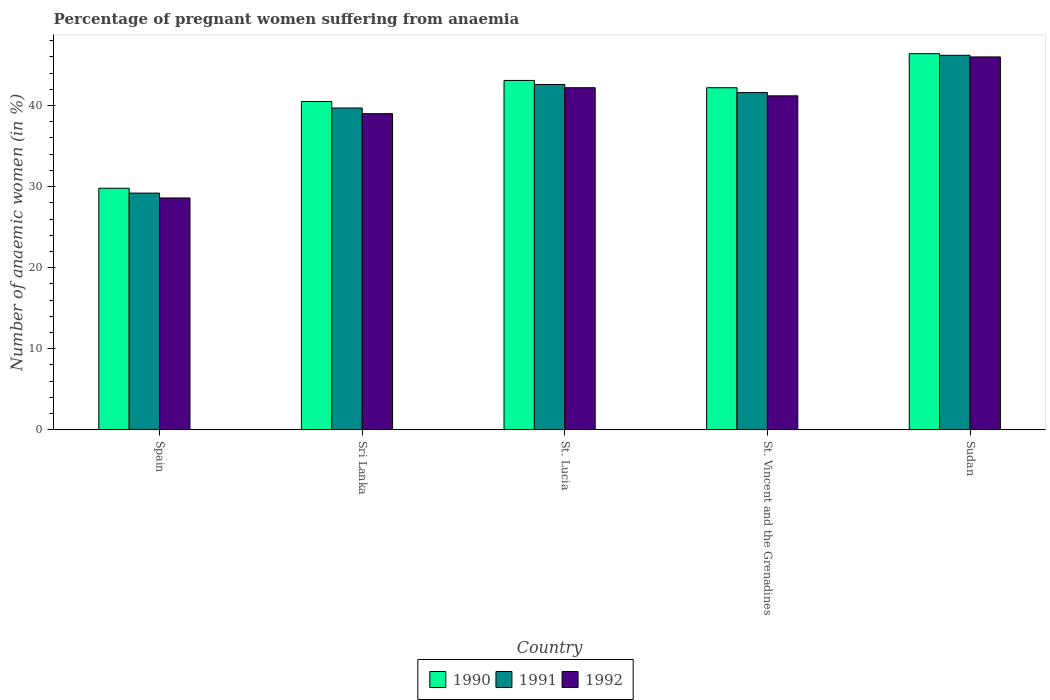
| Country | 1990 | 1991 | 1992 |
 | --- | --- | --- | --- |
 | Spain | 29.8 | 29.2 | 28.6 |
 | Sri Lanka | 40.5 | 39.7 | 39 |
 | St. Lucia | 43.1 | 42.6 | 42.2 |
 | St. Vincent and the Grenadines | 42.2 | 41.6 | 41.2 |
 | Sudan | 46.4 | 46.2 | 46 |